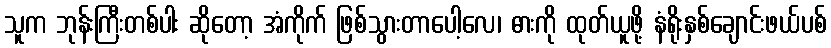
သူက ဘုန်းကြီးတစ်ပါး ဆိုတော့ အံကိုက် ဖြစ်သွားတာပေါ့လေ၊ ဓားကို ထုတ်ယူဖို့ နံရိုးနှစ်ချောင်းဖယ်ပစ်